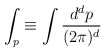
\begin{align*}\int_{p}\equiv \int \frac{d^{d}p}{(2\pi )^{d}} \end{align*}